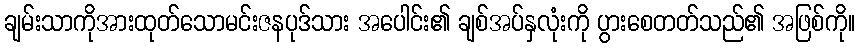
ချမ်းသာကိုအားထုတ်သောမင်းဇနပုဒ်သား အပေါင်း၏ ချစ်အပ်နှလုံးကို ပွားစေတတ်သည်၏ အဖြစ်ကို။